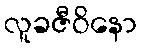
လူခဇီဝိနော